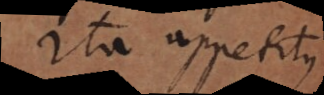
ita appetitus